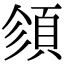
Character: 𩒉